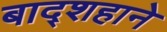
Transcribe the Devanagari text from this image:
बाद्शहाने